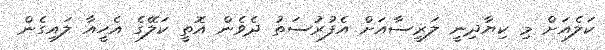
ކަލެއަށް މި ކިޔާދިނީ ލަރީސާއަށް އެފުރުސަތު ދެވެން އޮތީ ކަލޭގެ އެހީއާ ލައިގެން